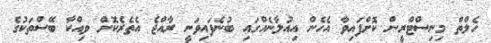
ހެލްތް މިނިސްޓްރީން ކޮށްފައިވާ އެހެން އިއުލާނެއްގައި ބުނެފައިވަނީ ރާއްޖެ އެތެރެކޮށް ވިއްކާ ބޭސްތަކުގެ